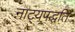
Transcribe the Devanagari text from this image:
नाट्यपद्धति